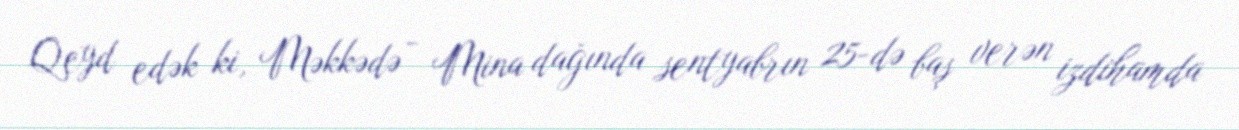
Qeyd edək ki, Məkkədə - Mina dağında sentyabrın 25-də baş verən izdihamda